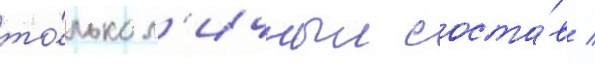
то́лько л'ичныи соста́в /